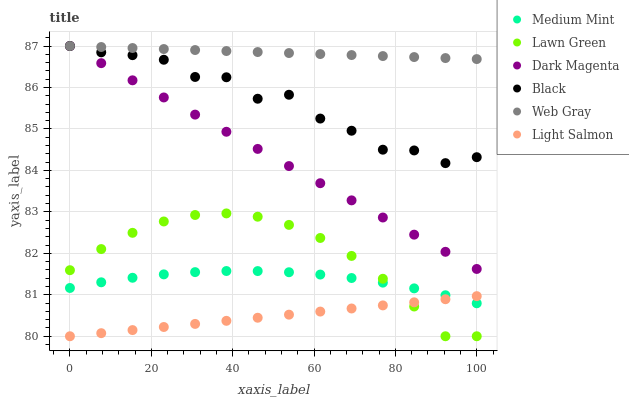
| xaxis_label | Medium Mint | Lawn Green | Dark Magenta | Black | Web Gray | Light Salmon |
 | --- | --- | --- | --- | --- | --- | --- |
 | 0 | 81.2 | 81.6 | 87 | 87 | 87 | 80 |
 | 7.69 | 81.3 | 82.1 | 86.6 | 86.8 | 87 | 80.1 |
 | 15.4 | 81.4 | 82.5 | 86.2 | 86.8 | 87 | 80.1 |
 | 23.1 | 81.5 | 82.8 | 85.8 | 86.7 | 86.9 | 80.2 |
 | 30.8 | 81.5 | 82.9 | 85.3 | 86.3 | 86.9 | 80.3 |
 | 38.5 | 81.6 | 83 | 84.9 | 86.2 | 86.9 | 80.4 |
 | 46.2 | 81.6 | 82.9 | 84.5 | 85.7 | 86.9 | 80.4 |
 | 53.8 | 81.5 | 82.7 | 84.1 | 85.8 | 86.8 | 80.5 |
 | 61.5 | 81.5 | 82.4 | 83.7 | 85.3 | 86.8 | 80.6 |
 | 69.2 | 81.4 | 81.9 | 83.3 | 85 | 86.8 | 80.7 |
 | 76.9 | 81.3 | 81.4 | 82.9 | 84.5 | 86.8 | 80.7 |
 | 84.6 | 81.2 | 80.7 | 82.5 | 84.5 | 86.7 | 80.8 |
 | 92.3 | 81 | 80 | 82 | 84.2 | 86.7 | 80.9 |
 | 100 | 80.8 | 80 | 81.6 | 84.3 | 86.7 | 81 |